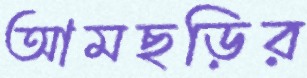
আমছড়ির